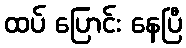
ထပ် ပြောင်း နေပြီ